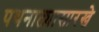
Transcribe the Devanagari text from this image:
पथनाट्यासारखे